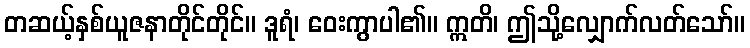
တဆယ့်နှစ်ယူဇနာတိုင်တိုင်။ ဒူရံ၊ ဝေးကွာပါ၏။ ဣတိ၊ ဤသို့လျှောက်လတ်သော်။